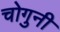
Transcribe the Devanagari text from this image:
चोगुनी